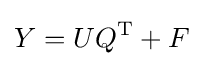
Y=UQ^{\mathrm {T} }+F